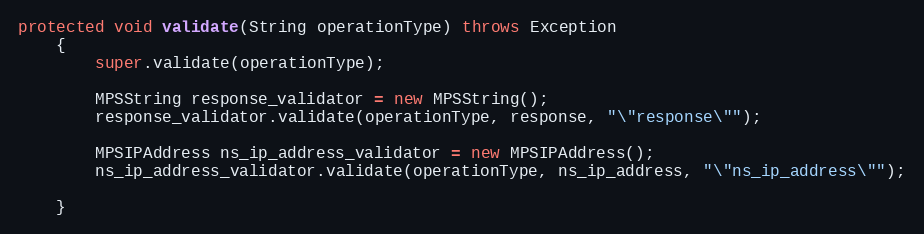
Language: Java
protected void validate(String operationType) throws Exception
	{
		super.validate(operationType);

		MPSString response_validator = new MPSString();
		response_validator.validate(operationType, response, "\"response\"");

		MPSIPAddress ns_ip_address_validator = new MPSIPAddress();
		ns_ip_address_validator.validate(operationType, ns_ip_address, "\"ns_ip_address\"");

	}